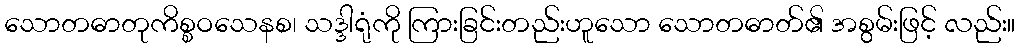
သောတဓာတုကိစ္စဝသေနစ၊ သဒ္ဒါရုံကို ကြားခြင်းတည်းဟူသော သောတဓာတ်၏ အစွမ်းဖြင့် လည်း။